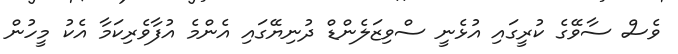
ވެސް ސާވޭގެ ކުރީގައި އުޅެނީ ސްވިޒަލެންޑް ދުނިޔޭގައި އެންމެ އުފާވެރިކަމާ އެކު މީހުން